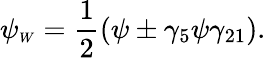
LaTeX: \psi_{\scriptscriptstyle W}=\frac{1}{2}(\psi\pm\gamma_{5}\psi\gamma_{21}).